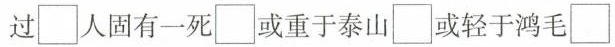
过\square 人固有一死\square 或重于泰山\square 或轻于鸿毛\square